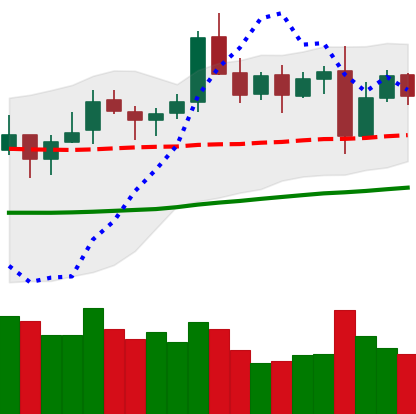
Ticker: LTC-USD
Chart end date: 2021-10-30
Forward return: 6.555%
Label: up_5_7